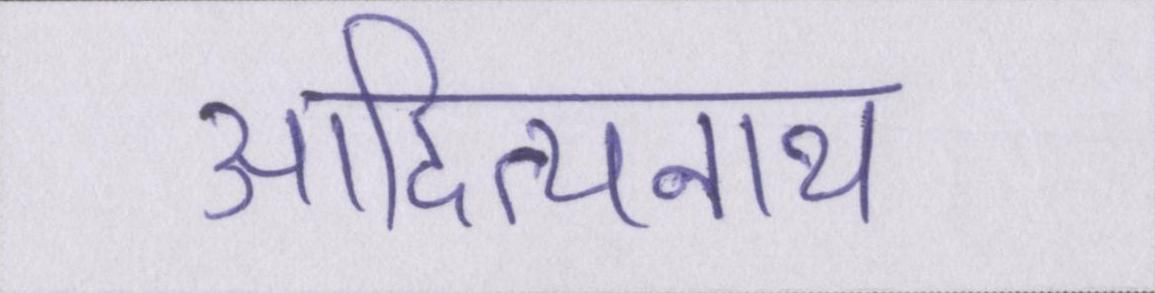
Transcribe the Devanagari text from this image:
आदित्यनाथ